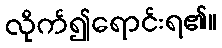
လိုက်၍ရောင်းရ၏။